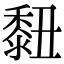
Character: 𪏲